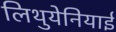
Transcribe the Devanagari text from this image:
लिथुयेनियाई